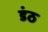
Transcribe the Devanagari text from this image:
डंठ